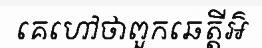
គេហៅថាពួកឆេត្តីអ៌